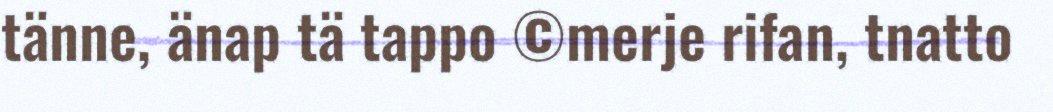
tänne, änap tä tappo ©merje rifan, tnatto